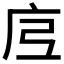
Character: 𭙗